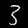
Digit: 3